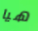
هيا